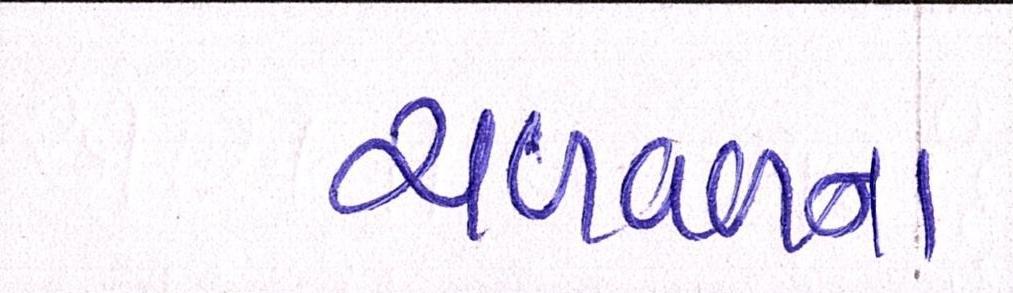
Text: ચળવળના